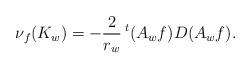
LaTeX: \begin{align*}\nu_f(K_w)=-\frac2{r_w}\,^t(A_w f)D(A_w f).\end{align*}